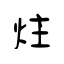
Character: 炷